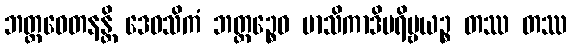
ဘတ္တဝေတနန္တိ ဒေဝသိကံ ဘတ္တဉ္စေဝ မာသိကာဒိပရိဗ္ဗယဉ္စ တဿ တဿ